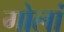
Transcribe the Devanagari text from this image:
गोलां